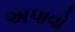
અપાવો